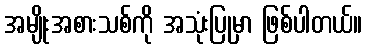
အမျိုးအစားသစ်ကို အသုံးပြုမှာ ဖြစ်ပါတယ်။